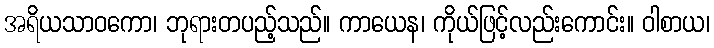
အရိယသာဝကော၊ ဘုရားတပည့်သည်။ ကာယေန၊ ကိုယ်ဖြင့်လည်းကောင်း။ ဝါစာယ၊